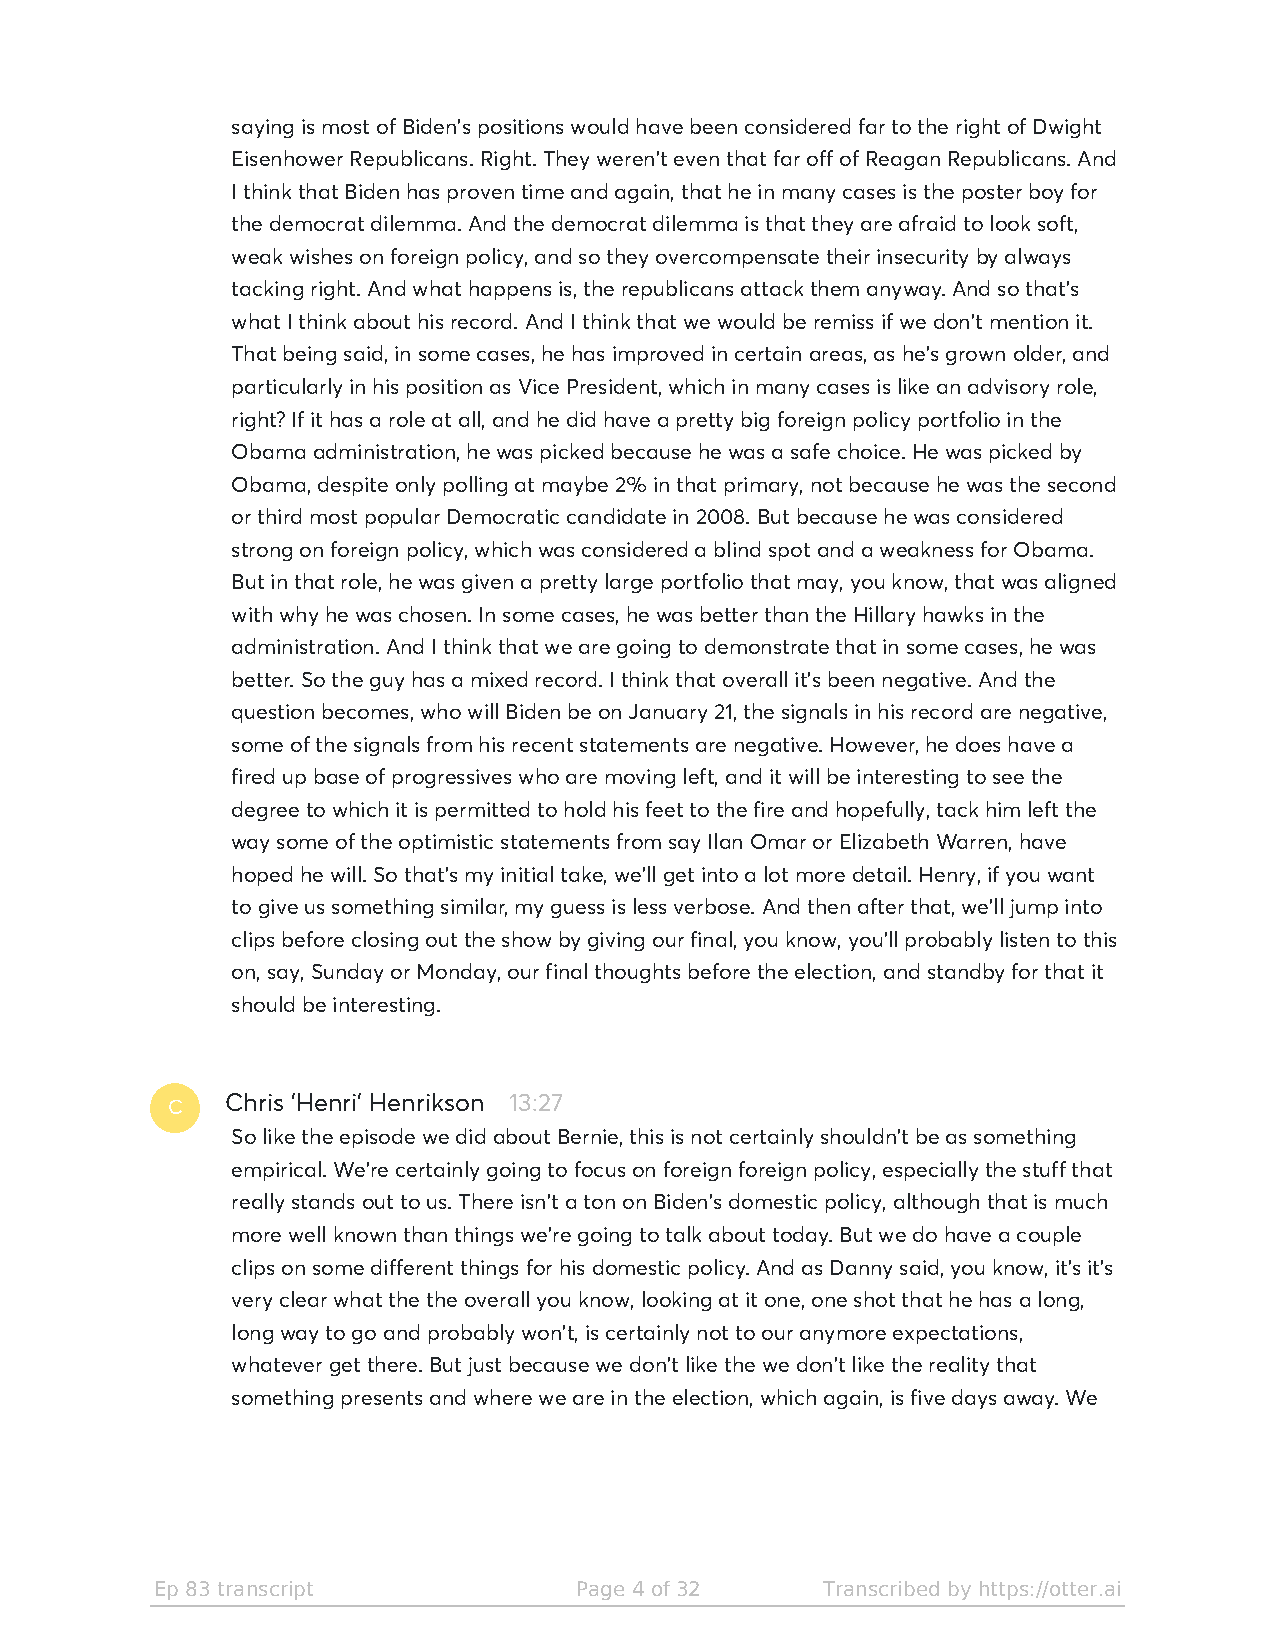
saying is most of Biden's positions would have been considered far to the right of Dwight
 Eisenhower Republicans. Right. They weren't even that far off of Reagan Republicans. And
 I think that Biden has proven time and again, that he in many cases is the poster boy for
 the democrat dilemma. And the democrat dilemma is that they are afraid to look soft,
 weak wishes on foreign policy, and so they overcompensate their insecurity by always
 tacking right. And what happens is, the republicans attack them anyway. And so that's
 what I think about his record. And I think that we would be remiss if we don't mention it.
 That being said, in some cases, he has improved in certain areas, as he's grown older, and
 particularly in his position as Vice President, which in many cases is like an advisory role,
 right? If it has a role at all, and he did have a pretty big foreign policy portfolio in the
 Obama administration, he was picked because he was a safe choice. He was picked by
 Obama, despite only polling at maybe 2% in that primary, not because he was the second
 or third most popular Democratic candidate in 2008. But because he was considered
 strong on foreign policy, which was considered a blind spot and a weakness for Obama.
 But in that role, he was given a pretty large portfolio that may, you know, that was aligned
 with why he was chosen. In some cases, he was better than the Hillary hawks in the
 administration. And I think that we are going to demonstrate that in some cases, he was
 better. So the guy has a mixed record. I think that overall it's been negative. And the
 question becomes, who will Biden be on January 21, the signals in his record are negative,
 some of the signals from his recent statements are negative. However, he does have a
 fired up base of progressives who are moving left, and it will be interesting to see the
 degree to which it is permitted to hold his feet to the fire and hopefully, tack him left the
 way some of the optimistic statements from say Ilan Omar or Elizabeth Warren, have
 hoped he will. So that's my initial take, we'll get into a lot more detail. Henry, if you want
 to give us something similar, my guess is less verbose. And then after that, we'll jump into
 clips before closing out the show by giving our final, you know, you'll probably listen to this
 on, say, Sunday or Monday, our final thoughts before the election, and standby for that it
 should be interesting.
 C
 Chris 'Henri' Henrikson 13:27
 So like the episode we did about Bernie, this is not certainly shouldn't be as something
 empirical. We're certainly going to focus on foreign foreign policy, especially the stuff that
 really stands out to us. There isn't a ton on Biden's domestic policy, although that is much
 more well known than things we're going to talk about today. But we do have a couple
 clips on some different things for his domestic policy. And as Danny said, you know, it's it's
 very clear what the the overall you know, looking at it one, one shot that he has a long,
 long way to go and probably won't, is certainly not to our anymore expectations,
 whatever get there. But just because we don't like the we don't like the reality that
 something presents and where we are in the election, which again, is five days away. We
 Ep 83 transcript            Page 4 of 32    Transcribed by https://otter.ai